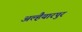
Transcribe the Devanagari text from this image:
अल्हैयारपुर